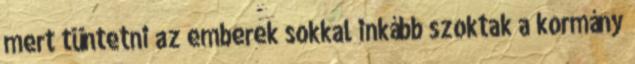
mert tüntetni az emberek sokkal inkább szoktak a kormány